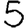
Digit: 5